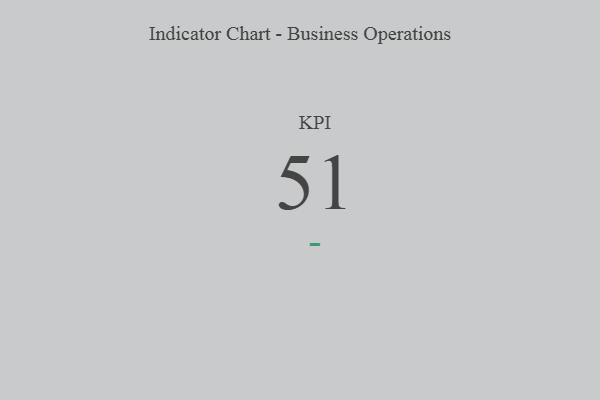
{"axis": {"x": "KPI", "y": "Value"}, "legend": [""], "data": [{"x": "KPI", "y": 51, "type": ""}]}